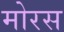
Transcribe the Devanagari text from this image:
मोरस